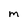
Character: m